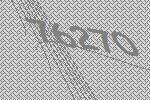
76270